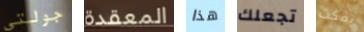
جولتي المعقدة هذا تجعلك تمكث